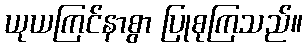
ယုယကြင်နာစွာ ပြုစုကြသည်။